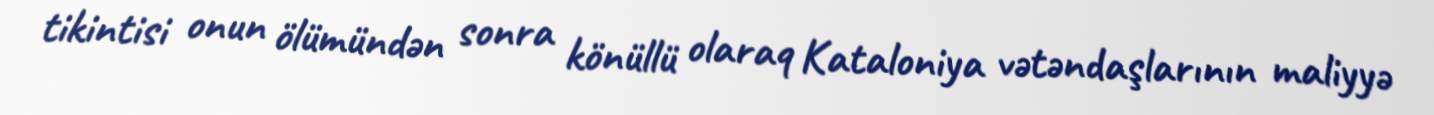
tikintisi onun ölümündən sonra könüllü olaraq Kataloniya vətəndaşlarının maliyyə